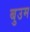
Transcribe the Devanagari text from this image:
बुउम